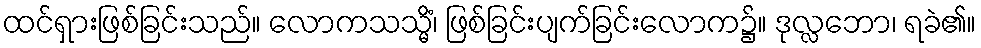
ထင်ရှားဖြစ်ခြင်းသည်။ လောကသသ္မိံ၊ ဖြစ်ခြင်းပျက်ခြင်းလောက၌။ ဒုလ္လဘော၊ ရခဲ၏။